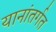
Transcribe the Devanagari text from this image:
यानांतर्गत